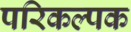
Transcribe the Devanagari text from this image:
परिकल्पक